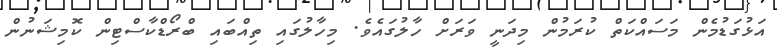
އަޅުގަޑުމެން މަސައްކަތް ކުރަމުން މިދަނީ ވަރަށް ހާލުގައެވެ. މިހާލުގައި ތިއްބައި ބްރޯޑްކާސްޓިން ކޮމިޝަނުން